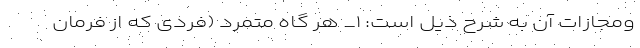
و‌مجازات آن به شرح ذیل است: ۱_ هر گاه مُتِمَرِد (فردی که از فرمان